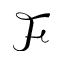
\mathcal { F }